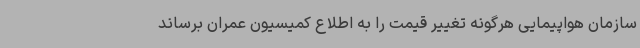
سازمان هواپیمایی هرگونه تغییر قیمت را به اطلاع کمیسیون عمران برساند